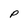
Character: P